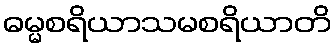
ဓမ္မစရိယာသမစရိယာတိ